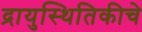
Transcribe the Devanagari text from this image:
द्रायुस्थितिकीचे